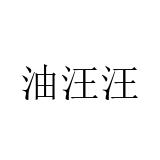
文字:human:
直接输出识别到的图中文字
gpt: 油汪汪